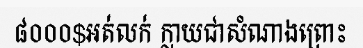
៨០០០$អត់លក់ ក្លាយជាសំណាងព្រោះ